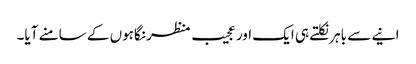
انیے سے باہر نکلتے ہی ایک اور عجیب منظر نگاہوں کے سامنے آیا۔